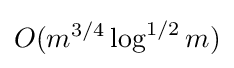
O(m^{3/4}\log ^{1/2}m)